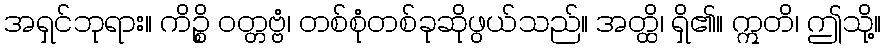
အရှင်ဘုရား။ ကိဉ္စိ ဝတ္တဗ္ဗံ၊ တစ်စုံတစ်ခုဆိုဖွယ်သည်။ အတ္ထိ၊ ရှိ၏။ ဣတိ၊ ဤသို့။